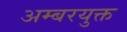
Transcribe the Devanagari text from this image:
अम्बरयुक्त